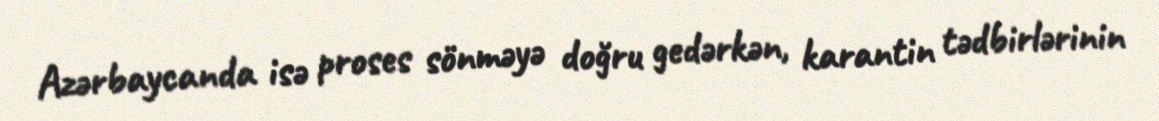
Azərbaycanda isə proses sönməyə doğru gedərkən, karantin tədbirlərinin